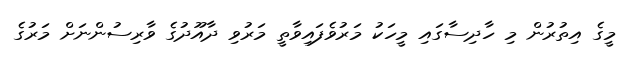
މީގެ އިތުރުން މި ހާދިސާގައި މީހަކު މަރުވެފައިވާތީ މަރުވި ދާއޫދުގެ ވާރިސުންނަށް މަރުގެ